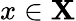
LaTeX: x\in\mathbf{X}